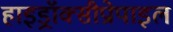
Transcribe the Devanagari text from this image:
हाइड्रॉक्सीप्रोपाइल